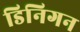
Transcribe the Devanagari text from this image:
डिनिगन